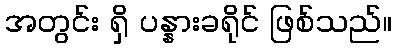
အတွင်း ရှိ ပန္နားခရိုင် ဖြစ်သည်။